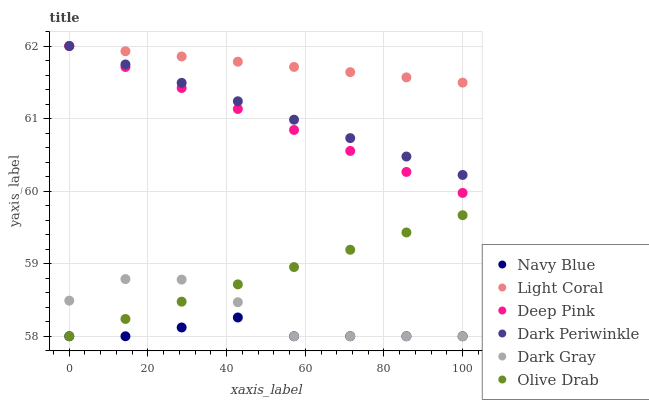
| xaxis_label | Navy Blue | Light Coral | Deep Pink | Dark Periwinkle | Dark Gray | Olive Drab |
 | --- | --- | --- | --- | --- | --- | --- |
 | 0 | 58 | 62 | 62 | 62 | 58.5 | 58 |
 | 14.3 | 58 | 61.9 | 61.7 | 61.7 | 58.8 | 58.2 |
 | 28.6 | 58.1 | 61.9 | 61.4 | 61.5 | 58.8 | 58.5 |
 | 42.9 | 58.3 | 61.8 | 61.1 | 61.2 | 58.5 | 58.7 |
 | 57.1 | 58 | 61.7 | 60.8 | 61 | 58 | 59 |
 | 71.4 | 58 | 61.6 | 60.6 | 60.7 | 58 | 59.2 |
 | 85.7 | 58 | 61.6 | 60.3 | 60.5 | 58 | 59.4 |
 | 100 | 58 | 61.5 | 60 | 60.2 | 58 | 59.7 |